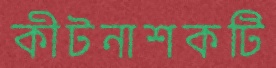
কীটনাশকটি